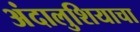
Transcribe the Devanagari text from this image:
अंदालुशियाचा